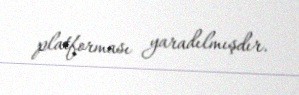
platforması yaradılmışdır.